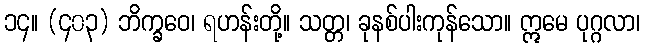
၁၄။ (၄၀၃) ဘိက္ခဝေ၊ ရဟန်းတို့။ သတ္တ၊ ခုနစ်ပါးကုန်သော။ ဣမေ ပုဂ္ဂလာ၊